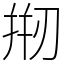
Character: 𠝵